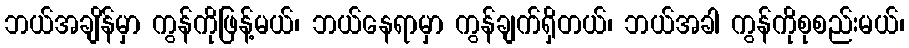
ဘယ်အချိန်မှာ ကွန်ကိုဖြန့်မယ်၊ ဘယ်နေရာမှာ ကွန်ချက်ရှိတယ်၊ ဘယ်အခါ ကွန်ကိုစုစည်းမယ်၊